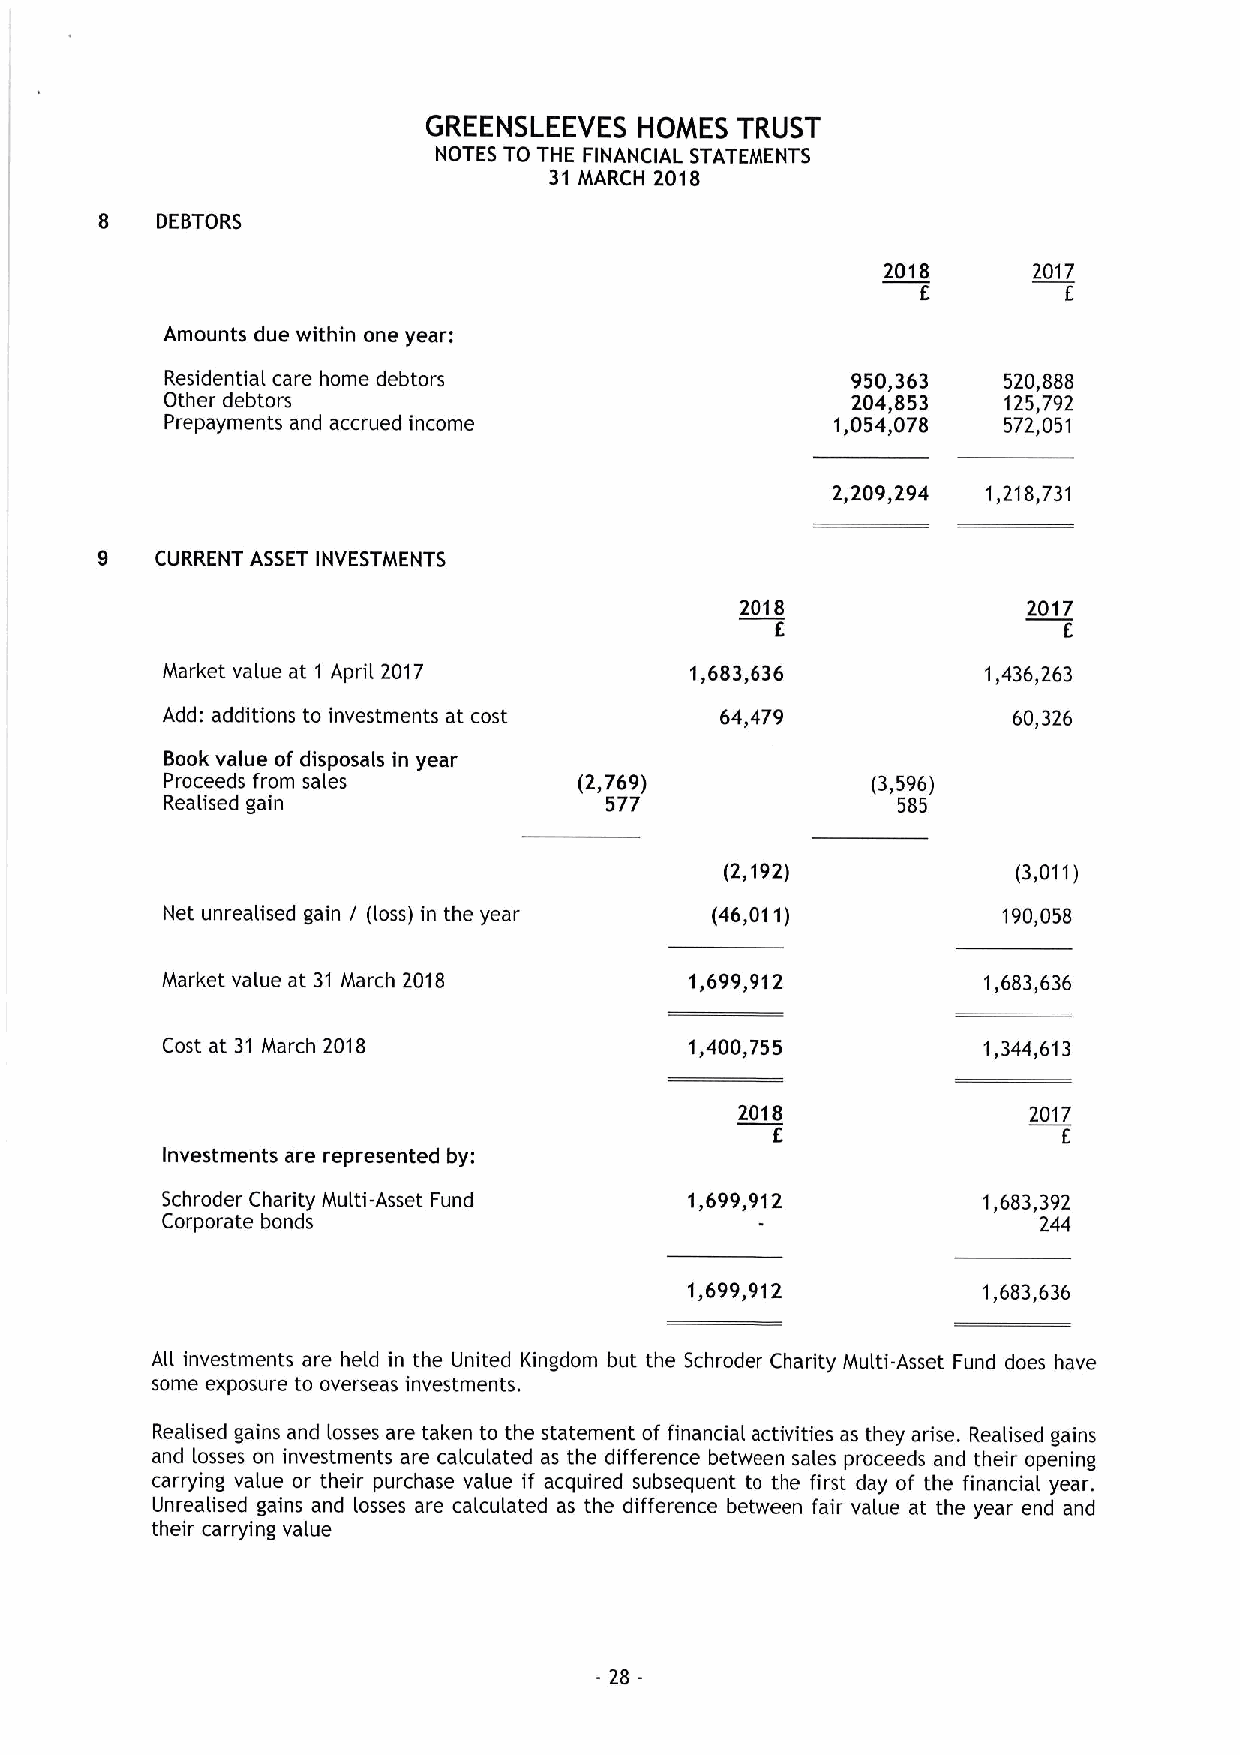
GREENSLEEVES  HOMES  TRUST
 NOTES TO THE FINANCIAL STATEMENTS
 31 MARCH 2018
 8  DEBTORS
 2018      2017
 E         E
 Amounts due within one year:
 Residential care home debtors                950,363   520,888
 Other debtors                                204,853   125,792
 Prepayments and accrued income              1,054,078  572,051
 2,209,294 1,218,731
 9   CURRENT ASSET INVESTMENTS
 2018               2017
 E                  E
 Market value at 1 April 2017       1,683,636          1,436,263
 Add: additions to investments at cost 64,479            60,326
 Book value of disposals in year
 Proceeds from sales        (2,769)             (3,596)
 Realised gain                577                585
 (2,192)            (3,011)
 Net unrealised gain I (loss) in the year (46,011)      i90,058
 Market value at 31 March 2018      1,699,912          1,683,636
 Cost at 31 March 2018              1,400,755          1,344,613
 2018               2017
 E                  E
 Investments are represented by:
 Schroder Charity Multi-Asset Fund  1,699,912          1,683,392
 Corporate bonds                                           244
 1,699,912          1,683,636
 All investments are held in the United Kingdom but the Schroder Charity Multi-Asset Fund does have
 some exposure to overseas investments.
 Realised gains and losses are taken to the statement of financial activities as they arise. Realised gains
 and losses on investments are calculated as the difference between sales proceeds and their opening
 carrying value or their purchase value if acquired subsequent to the first day of the financial year.
 Unrealised gains and losses are calculated as the difference between fair value at the year end and
 their carrying value
 28-
 -